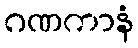
ဂဏကာနံ